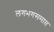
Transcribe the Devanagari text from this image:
लगभगसमाप्त